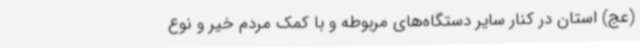
(عج) استان در کنار سایر دستگاه‌های مربوطه و با کمک مردم خیر و نوع